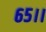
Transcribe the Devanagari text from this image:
६५।।